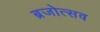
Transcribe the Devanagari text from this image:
ब्रजोत्सव